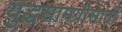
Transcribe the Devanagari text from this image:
युद्धसामग्रीसाठी